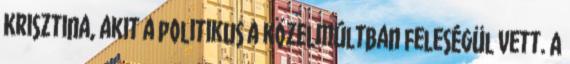
Krisztina, akit a politikus a közelmúltban feleségül vett. A